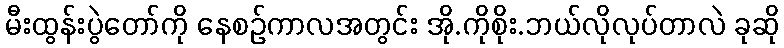
မီးထွန်းပွဲတော်ကို နေစဉ်ကာလအတွင်း အို.ကိုစိုး.ဘယ်လိုလုပ်တာလဲ ခုဆို